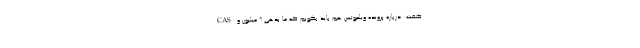
CAS گفت: درباره پرونده ویلموتس هم باید بگویم که ما بدهی ۶ میلیون و